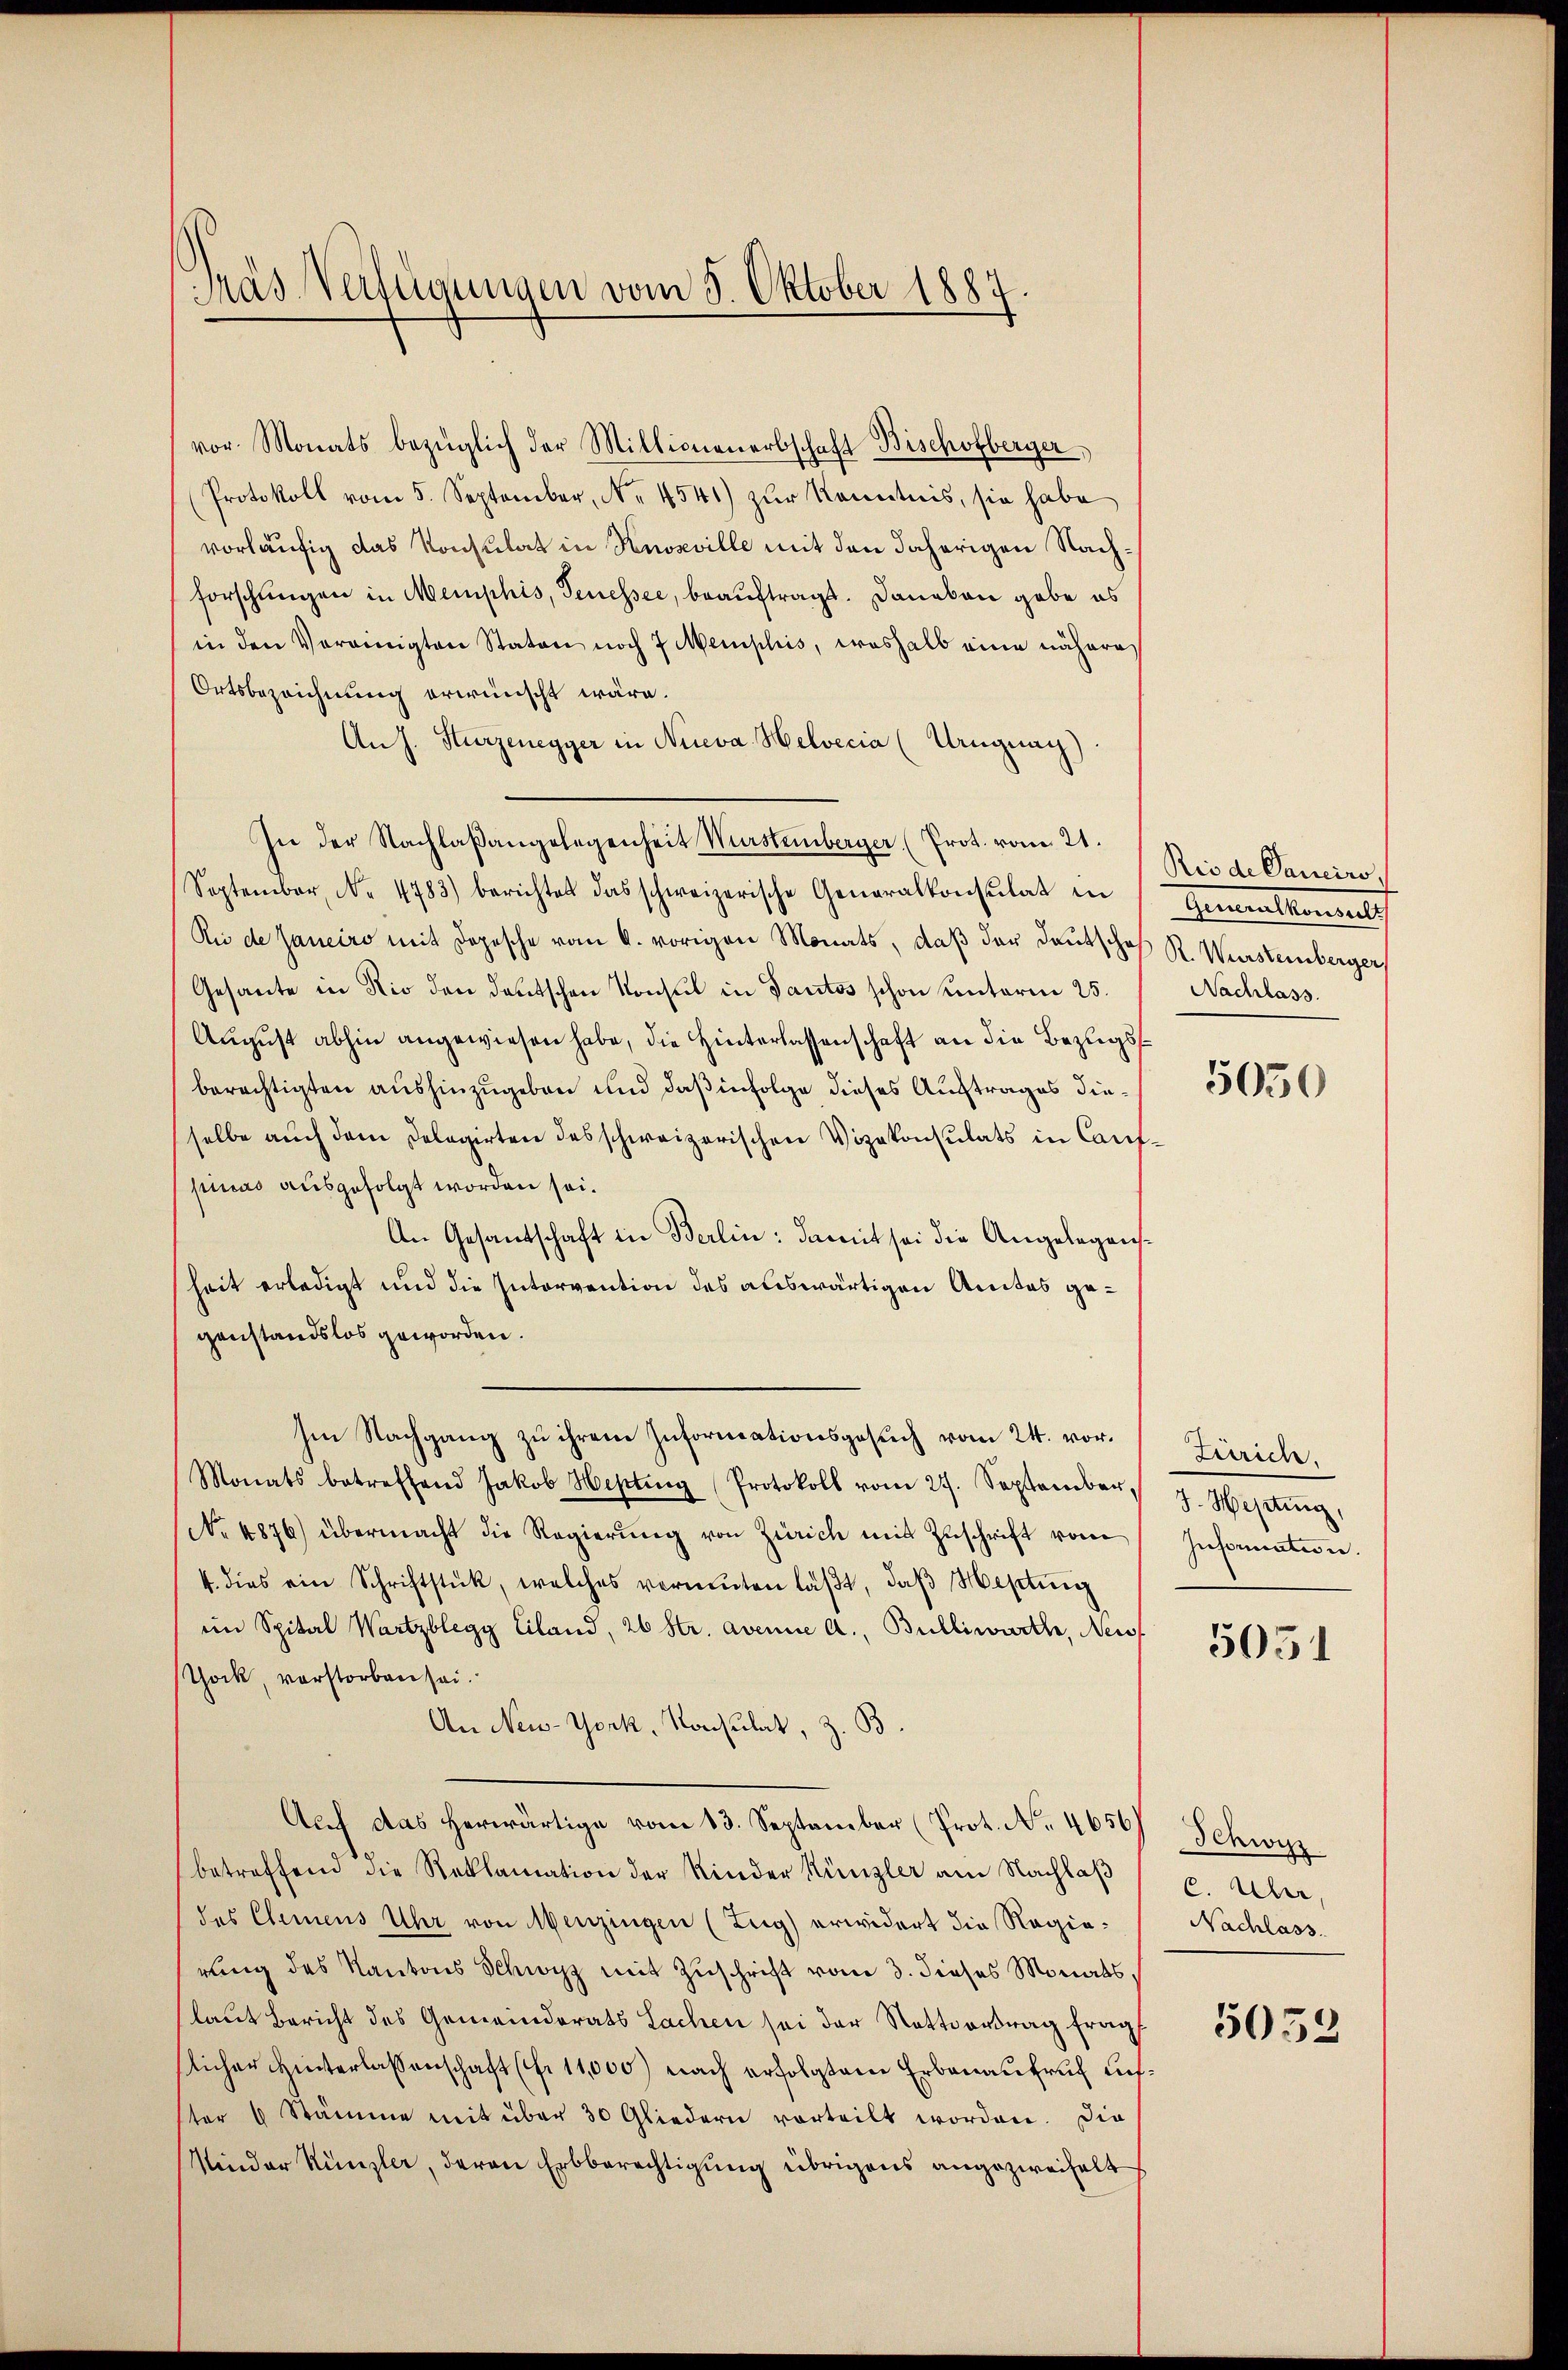
Pas Verfügungen vom 5. Oktober 1887

vor. Monats bezüglich der Millionenarbschaft Bischofberger,
(Protokoll vom 5. September, No. 4541) zŭr Kenntnis, sie habe
vorläufig das Konsulat in Knosville mit den daherigen Nachforschungen in Memphis, Genessee, beauftragt. Daneben gabe es
in den Vereinigten Staten noch 7 Memplis, weshalb eine nähere
Ortsbezeichnung erwünscht wäre.
An J. Sturzenegger in Nieva Helvetia (Uruguay)
In der Nachlaßangelegenheit Wursteinberger (Prot. vom 21.
September, No 4783) berichtet das schweizerische Generalkonsulat in
Rei de Janeiro mit Depesche vom 6. vorigen Monats, daß der Deutschaf R. Wurstemberger
Gesante in Rio den deutschen Konsul in Tantes schon unterm 25.
August abhin angewiesen habe, die Hinterlassenschaft an die Bezugsberechtigten aushinzugeben und daß infolge dieses Auftrages dieselbe auch dem Delegirten des schweizerischen Vizekonsulats in Caufpinas ausgefolgt worden sei.
An Gesandschaft in Berlin: damit sei die Angelegensheit erledigt und die Intervention des auswärtigen Amtes gegenstandslos geworden.
Im Nachgang zu ihrem Informationsgesŭch vom 24. vor.
Monats betreffend Jakob Hepting Protokoll vom 27. September J. Hepting,
No. 4876) übermacht die Regierŭng von Zürich mit Zuschrift vom
4. dies ein Schriftstück, welches vermuten läβt, daβ Hepting
im Spital Wartzblegy Ciland, 26 Str. avenie a. Bulliwirte, Neiss
Thock, verstorben sei.
An New-York, Konsulat, z. B.
Aŭf das herwärtige vom 13. September (Prot. No. 4650 Schwyz
betreffend die Reklamation der Kinder Künzler am Nachlaß
des Clemens Uhr von Menzingen (Zug) erwidert die Regierung des Kantons Schwyz mit Zuschrift vom 3. dieses Monats,
laut Bericht des Gemeindrats Sachen sei der Rottvortrag fragt
slicher Hinterlassenschaft (s. 11,000 nach erfolgtem Erbenaufruch aufter 6 Stämme mit über 30 Gliedern vorteilt worden. Die
Nieder Künzler, deren Erbberechtigung übrigens angezweifelt

Rio de Canciro,
Gemmelten
Nachlass.

5050

Zürich,
Information.

5051

c. Uhr,
Nachlass.

5052